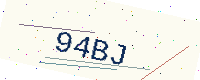
Text: 94BJ